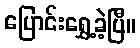
ပြောင်းရွှေ့ခဲ့ပြီ။